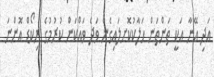
އަދި އޭނާ އަކީ ތަންތަން ހަލާކުކޮށލައިގެން ވަދެ ވައްކަން ކުރުމުގެ ރިކޯޑް އޮންނަ